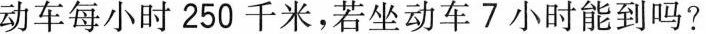
动车每小时250千米，若坐动车7小时能到吗?